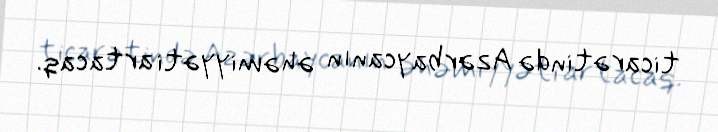
ticarətində Azərbaycanın əhəmiyyəti artacaq.